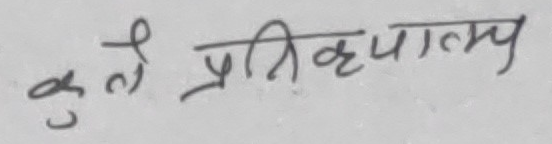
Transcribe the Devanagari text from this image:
कुले प्रतिकूलम्